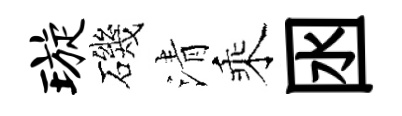
璇磯清乘囦